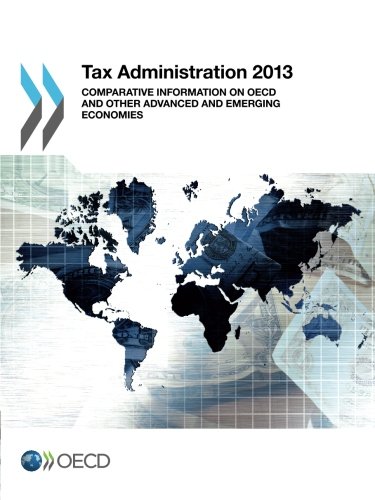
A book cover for Tax Administration 2013:  Comparative Information on OECD and Other Advanced and Emerging Economies (Volume 2013); Oecd Organisation For Economic Co-Operation And Development; Law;